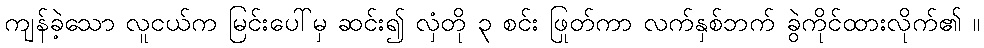
ကျန်ခဲ့သော လူငယ်က မြင်းပေါ်မှ ဆင်း၍ လှံတို ၃ စင်း ဖြုတ်ကာ လက်နှစ်ဘက် ခွဲကိုင်ထားလိုက်၏ ။